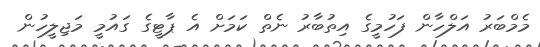
މެމްބަރު އަލްހާން ފަހުމީގެ އިތުބާރު ނެތް ކަމަށް އެ ޕާޓީގެ ގައުމީ މަޖިލީހުން